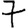
Digit: 7